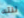
تنته